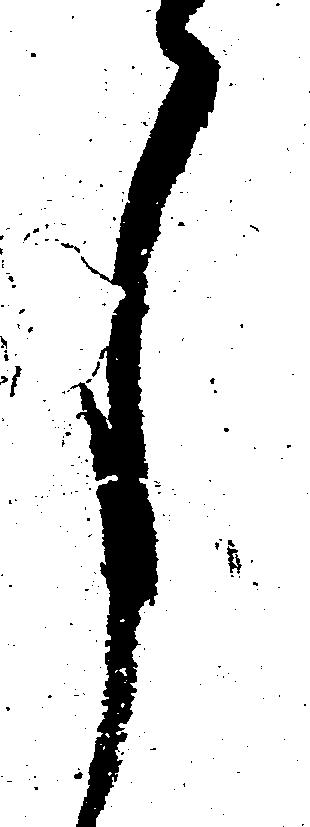
月